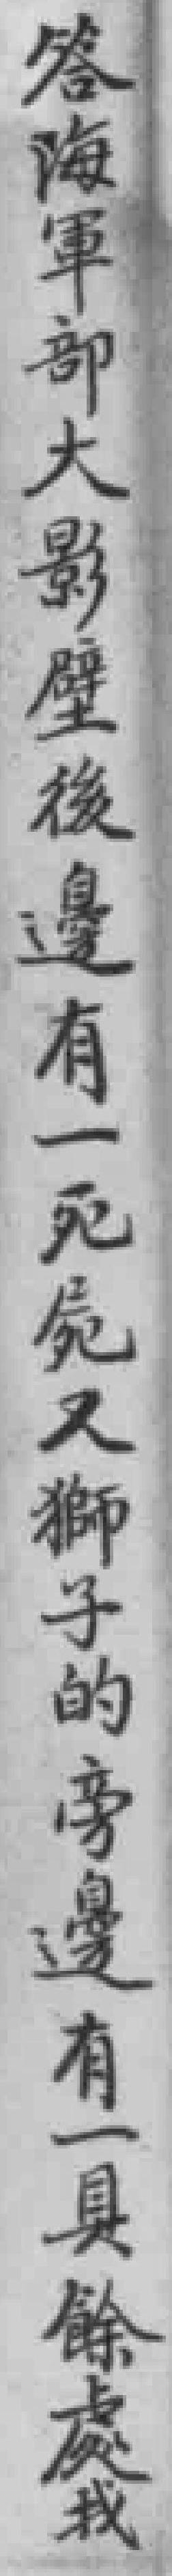
答海軍部大影壁後邊有一死屍又獅子的旁邊有一具餘處我